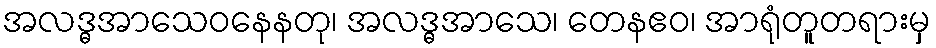
အလဒ္ဓအာသေဝနေနတု၊ အလဒ္ဓအာသေ၊ တေနဧဝ၊ အာရုံတူတရားမှ